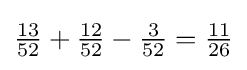
{\tfrac {13}{52}}+{\tfrac {12}{52}}-{\tfrac {3}{52}}={\tfrac {11}{26}}